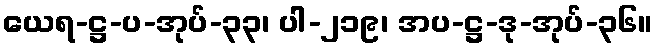
ယေရ-ဋ္ဌ-ပ-အုပ်-၃၃၊ ပါ-၂၁၉၊ အပ-ဋ္ဌ-ဒု-အုပ်-၃၆။